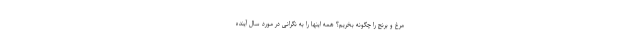
مرغ و برنج را چگونه بخریم؟ همه اینها را به نگرانی در مورد سال آینده